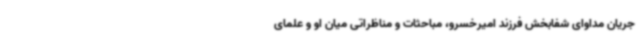
جریان مداوای شفابخش فرزند امیرخسرو، مباحثات و مناظراتی میان او و علمای